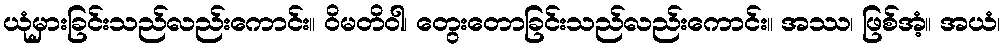
ယုံမှားခြင်းသည်လည်းကောင်း။ ဝိမတိဝါ၊ တွေးတောခြင်းသည်လည်းကောင်း။ အဿ၊ ဖြစ်အံ့။ အယံ၊